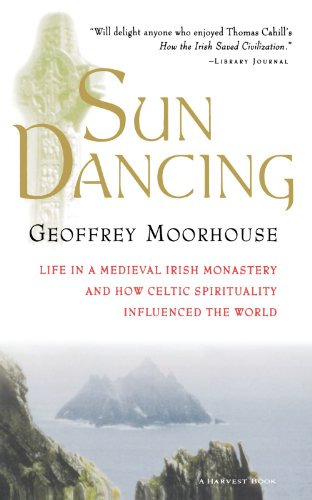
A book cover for Sun Dancing: Life in a Medieval Irish Monastery and How Celtic Spirituality Influenced the World; Geoffrey Moorhouse; Christian Books & Bibles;